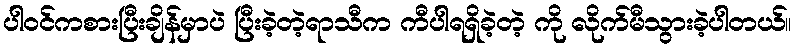
ပါဝင်ကစားပြီးချိန်မှာပဲ ပြီးခဲ့တဲ့ရာသီက ကီပါရရှိခဲ့တဲ့ ကို လိုက်မီသွားခဲ့ပါတယ်။